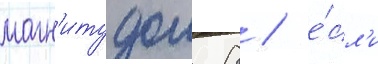
магн'итудои 8 / е́сл'и